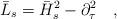
LaTeX: \begin{align*}\bar{L}_s=\bar{H}_s^2-\partial^2_\tau~~~,\end{align*}